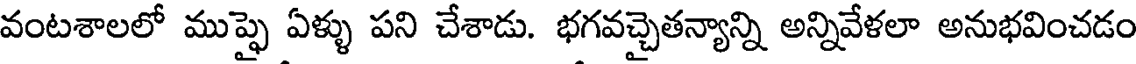
వంటశాలలో ముప్ఫై ఏళ్ళు పని చేశాడు. భగవచ్చైతన్యాన్ని అన్నివేళలా అనుభవించడం